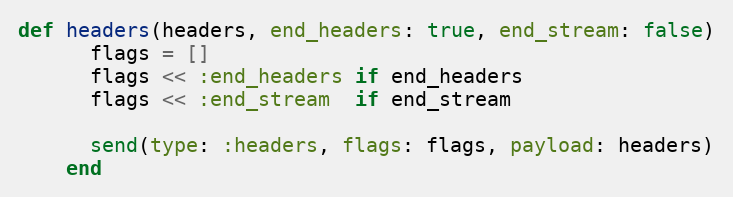
Language: Ruby
def headers(headers, end_headers: true, end_stream: false)
      flags = []
      flags << :end_headers if end_headers
      flags << :end_stream  if end_stream

      send(type: :headers, flags: flags, payload: headers)
    end